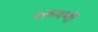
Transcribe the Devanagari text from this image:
रक्तवर्णी